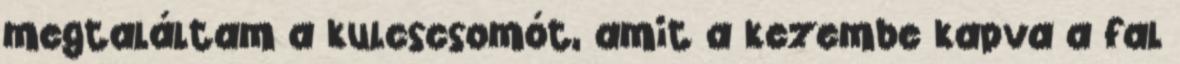
megtaláltam a kulcscsomót, amit a kezembe kapva a fal